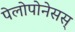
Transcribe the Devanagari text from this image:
पेलोपोनेसस्‌